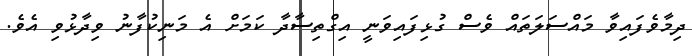
ދިމާވެފައިވާ މައްސަލަތައް ވެސް ގުޅިފައިވަނީ އިގްތިސާދާ ކަމަށް އެ މަނިކުފާނު ވިދާޅުވި އެވެ.